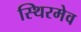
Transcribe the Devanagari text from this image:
स्थिरमेव